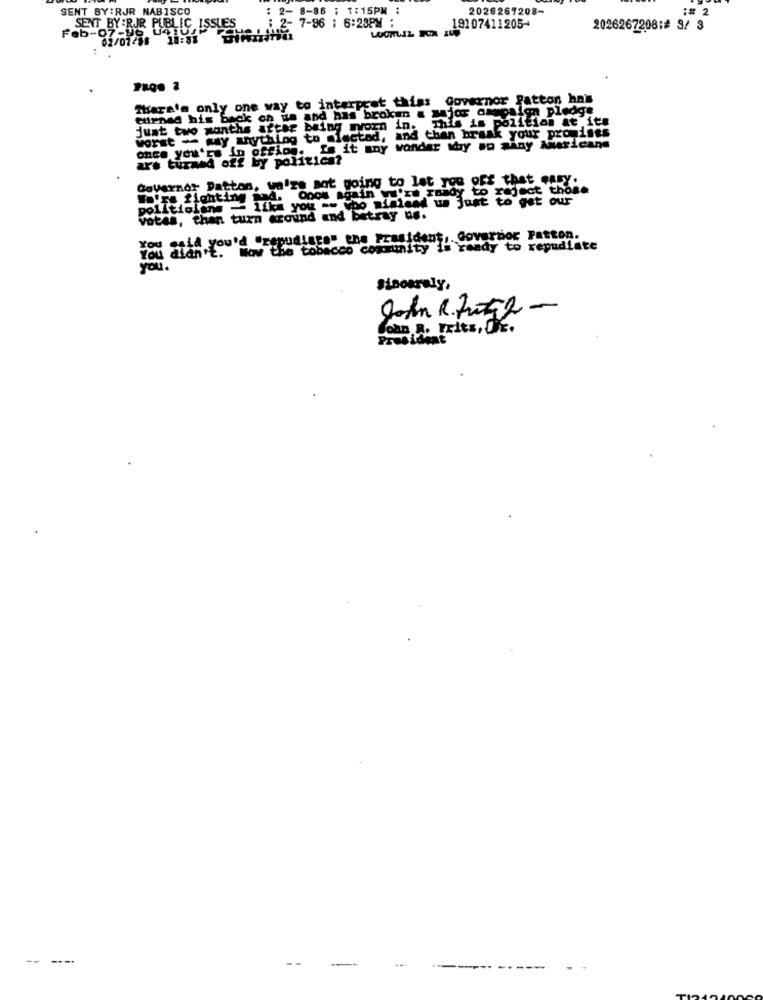
SENT BY:RJR NABISCO
2- 8-96 : 1:15PM :
2026267208-
:# 2
Feb-07-96
SENT BY :RJR PUBLIC
,ISSUES
: 2- 7-96 : 6:23PM :
19107411205-
2026267208:# 3/ 3
02/07/98
18:51
There's only one way to interpret thiss Governor Patton has
eurnad his back ch us and has broken a Major ompaign pledge
just two months after being morn in. This is polition at its
worst - way anything to alectad, and than braak your promises
offiog. Is it any wonder why so many Americans
are turned off by politica?
Governor Datton, we're not going to let you off that easy.
reject those
Foire fighting
nimiand us just to get our
politicians - lika you -- who nimien
votes, than turn around and betray no.
said you'd "repudiago" the President, Governor Patton.
You didn't. Now the tobacco community is ready to repudiate
you.
Sincerely,
Join R. Tuti2 -
John R. Frits, OFE.
President
---
--
--
----